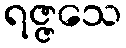
ရဇ္ဇသေ